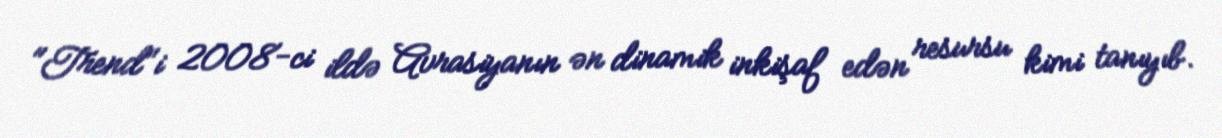
"Trend"i 2008-ci ildə Avrasiyanın ən dinamik inkişaf edən resursu kimi tanıyıb.